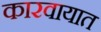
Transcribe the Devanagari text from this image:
कारवायात